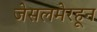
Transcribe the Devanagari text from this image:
जेसलमेरहून